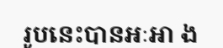
រូបនេះបានអៈអា ង